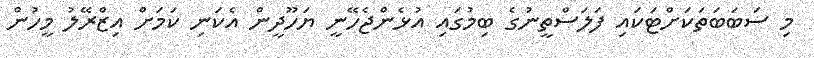
މި ސަބަބަތަކަށްޓަކައި ފަލަސްތީނުގެ ބިމުގައި އުޅެންޖެހޭނީ ޔަހޫދީން އެކަނި ކަމަށް އިޒްރޭލު މީހުން